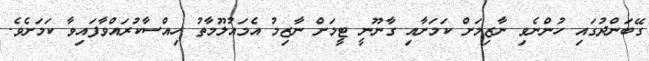
ގޭބަންދުގައި ހުންނެވި ނާޒިމަށް ކަމަށާއި ގާނޫނީ ޓީމަށް ނާޒިމު އެމައުލޫމާތު ހިއްސާކުރައްވާފައިވާ ކަމަށެެވެ.